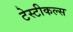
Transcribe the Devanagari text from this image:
टेस्टीकल्स